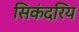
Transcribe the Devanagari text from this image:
सिकंदरिय